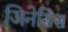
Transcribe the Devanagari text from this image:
जिनेसिस